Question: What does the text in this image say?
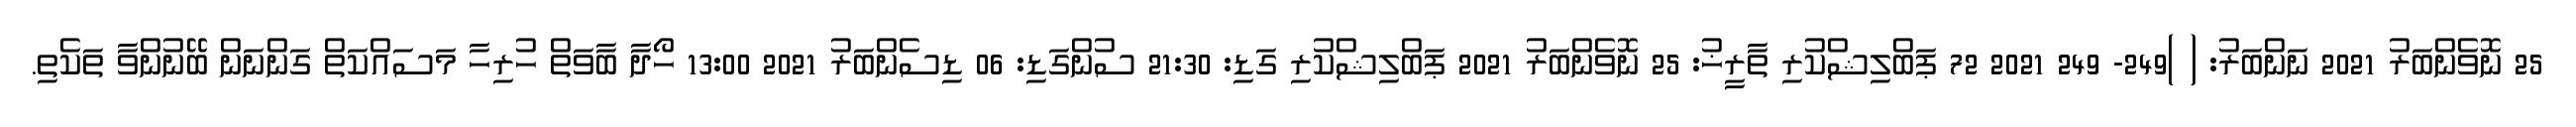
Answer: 25 ނޮވެންބަރު 2021 ނަންބަރު: ( )249- 249 2021 72 ޕަބްލިޝްކުރި ތާރީޚު: 25 ނޮވެންބަރު 2021 ޕަބްލިޝްކުރި ގަޑި: 21:30 ސުންގަޑި: 06 ޑިސެންބަރު 2021 13:00 ހޯދާ ބާވަތް ހުރިހާ މަސައްކަތް ގަންނަން ބޭނުންވާ ތަކެތި.